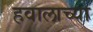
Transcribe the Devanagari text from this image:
हवालाच्या